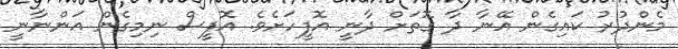
މެންދުރު ކައިގެން އޭނާ ދާ ގޮތަށް ދާނީ އޮފީހަށެވެ. އޮފީސް ނިމިގެން އަންނާނީ